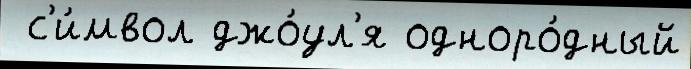
 с'и́мвол джо́ул'я одноро́дный